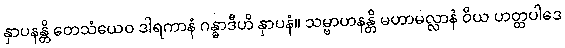
နှာပနန္တိ တေသံယေဝ ဒါရကာနံ ဂန္ဓာဒီဟိ နှာပနံ။ သမ္ဗာဟနန္တိ မဟာမလ္လာနံ ဝိယ ဟတ္ထပါဒေ